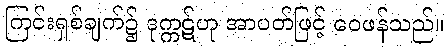
ကြင်းရှစ်ချက်၌ ဒုက္ကဋ်ဟု အာပတ်ဖြင့် ဝေဖန်သည်။